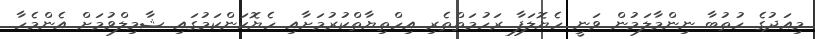
މިއަދުގެ ހުތުބާ ނިންމާލަމުން ވަނީ ހެޔޮލަފާ ރަހުމަތްތެރި އިހްތިޔާތްކުރުމަށާއި ހެޔޮކަންކަމުގައި ޝާމިލްވުމަށް އެންމެހާ